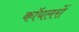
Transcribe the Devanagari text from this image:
कॉयलरों